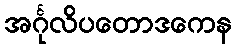
အင်္ဂုလိပတောဒကေန